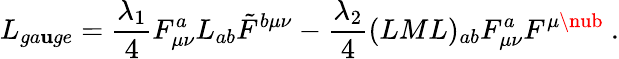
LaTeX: L_{ga\mathbf{u}ge}={\frac{{\lambda_{1}}}{{4}}}F_{\mu\nu}^{a}L_{ab}\tilde{{F}}^{b\mu\nu}-{\frac{{\lambda_{2}}}{{4}}}(LML)_{ab}F_{\mu\nu}^{a}F^{\mu\nub}{}~.